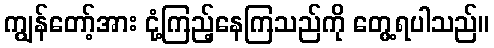
ကျွန်တော့်အား ငုံ့ကြည့်နေကြသည်ကို တွေ့ရပါသည်။